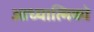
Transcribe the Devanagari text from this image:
आध्यात्मिको